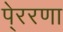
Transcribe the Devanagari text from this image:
पे्ररणा